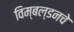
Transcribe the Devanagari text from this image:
विम्बल्डनचे